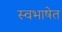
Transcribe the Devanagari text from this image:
स्वभाषेत